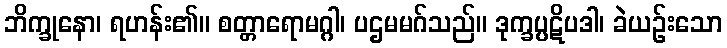
ဘိက္ခုနော၊ ရဟန်း၏။ စတ္တာရောမဂ္ဂါ၊ ပဌမမဂ်သည်။ ဒုက္ခပ္ပဋိပဒါ၊ ခဲယဉ်းသော